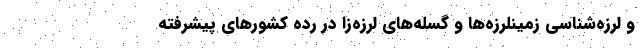
و لرزه‌شناسی زمینلرزه‌ها و گسله‌های لرزه‌زا در رده کشورهای پیشرفته